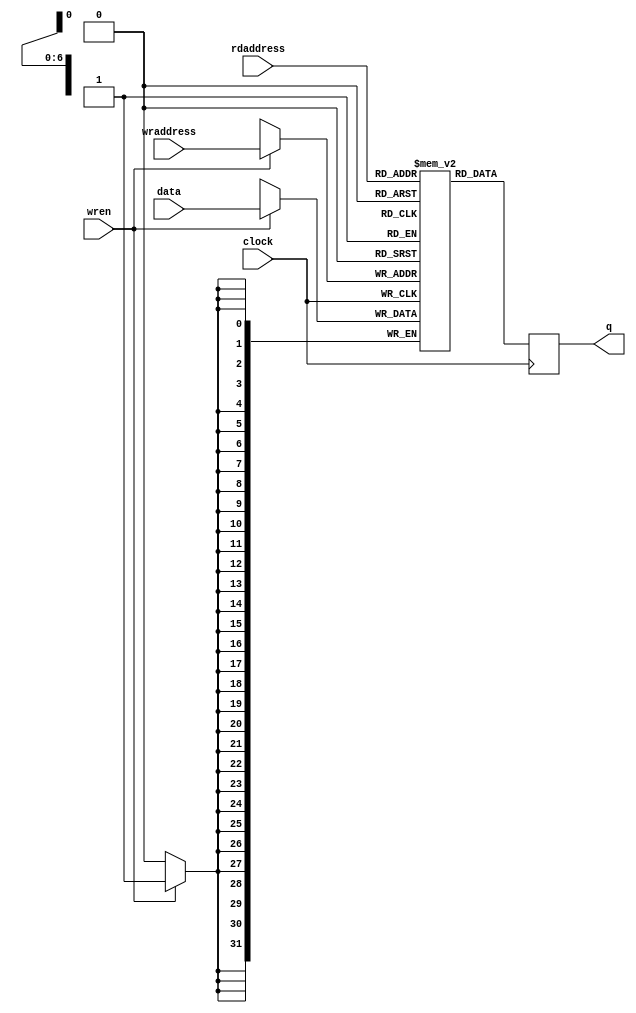
// This program was cloned from: https://github.com/rkrajnc/minimig-de1
// License: GNU General Public License v3.0

// tpram_inf_128x32.v
// 2013, rok.krajnc@gmail.com
// inferrable two-port memory

module tpram_inf_128x32 (
  input  wire           clock,
  input  wire [  7-1:0] wraddress,
  input  wire           wren,
  input  wire [ 32-1:0] data,
  input  wire [  7-1:0] rdaddress,
  output reg  [ 32-1:0] q
);

// memory
reg [32-1:0] mem [0:128-1];

// read / write
always @ (posedge clock) begin
  if (wren) mem[wraddress] <= #1 data;
  q <= #1 mem[rdaddress];
end

endmodule